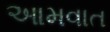
આમવાત